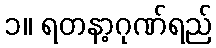
၁။ ရတနာ့ဂုဏ်ရည်